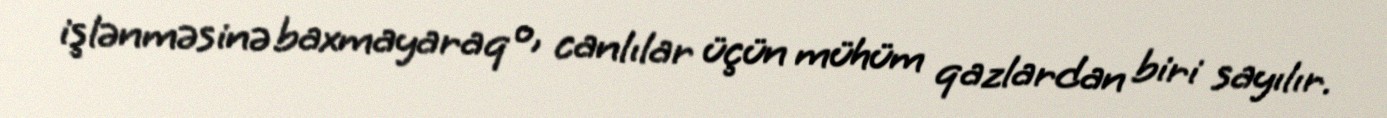
işlənməsinə baxmayaraq o, canlılar üçün mühüm qazlardan biri sayılır.